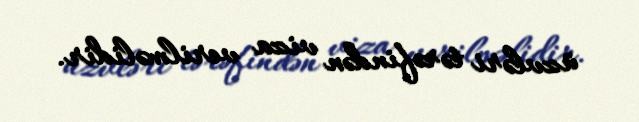
üzvləri tərəfindən viza verilməlidir.